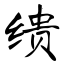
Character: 缋